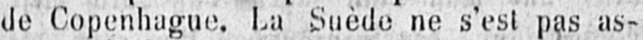
de Copenhague. La Suède ne s’est pas as-